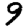
Digit: 9